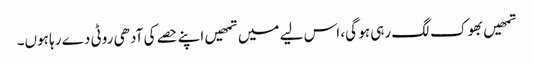
تمھیں بھوک لگ رہی ہو گی، اس لیے میں تمھیں اپنے حصے کی آدھی روٹی دے رہا ہوں۔